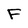
Character: F